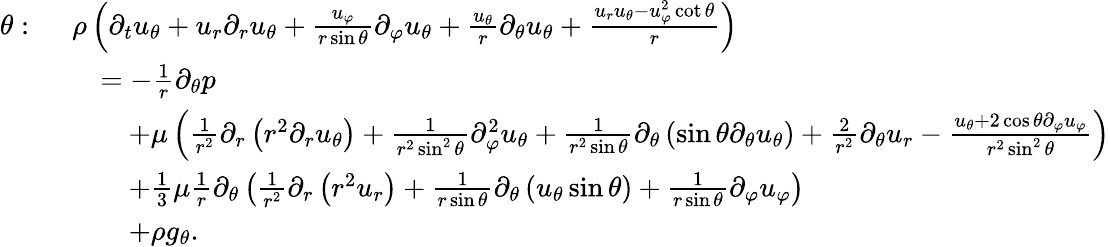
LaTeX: {\begin{array}{rl}{\theta:\ }&{\rho\left({\partial_{t}u_{\theta}}+u_{r}{\partial_{r}u_{\theta}}+{\frac{u_{\varphi}}{r\sin\theta}}{\partial_{\varphi}u_{\theta}}+{\frac{u_{\theta}}{r}}{\partial_{\theta}u_{\theta}}+{\frac{u_{r}u_{\theta}-u_{\varphi}^{2}\cot\theta}{r}}\right)}\\ &{\quad=-{\frac{1}{r}}{\partial_{\theta}p}}\\ &{\qquad+\mu\left({\frac{1}{r^{2}}}\partial_{r}\left(r^{2}{\partial_{r}u_{\theta}}\right)+{\frac{1}{r^{2}\sin^{2}\theta}}{\partial_{\varphi}^{2}u_{\theta}}+{\frac{1}{r^{2}\sin\theta}}\partial_{\theta}\left(\sin\theta{\partial_{\theta}u_{\theta}}\right)+{\frac{2}{r^{2}}}{\partial_{\theta}u_{r}}-{\frac{u_{\theta}+2\cos\theta{\partial_{\varphi}u_{\varphi}}}{r^{2}\sin^{2}\theta}}\right)}\\ &{\qquad+{\frac{1}{3}}\mu{\frac{1}{r}}\partial_{\theta}\left({\frac{1}{r^{2}}}\partial_{r}\left(r^{2}u_{r}\right)+{\frac{1}{r\sin\theta}}\partial_{\theta}\left(u_{\theta}\sin\theta\right)+{\frac{1}{r\sin\theta}}{\partial_{\varphi}u_{\varphi}}\right)}\\ &{\qquad+\rho g_{\theta}.}\end{array}}